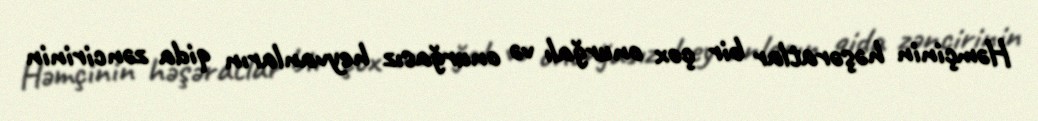
Həmçinin həşəratlar bir çox onurğalı və onurğasız heyvanların qida zəncirinin